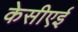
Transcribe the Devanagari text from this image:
केसीएई